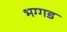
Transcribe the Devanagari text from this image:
भग्‍गड